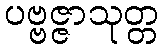
ပဗ္ဗဇ္ဇာသုတ္တ